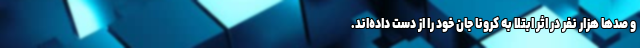
و صدها هزار نفر در اثر ابتلا به کرونا جان خود را از دست داده‌اند.